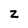
Character: Z